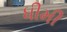
ધીમી